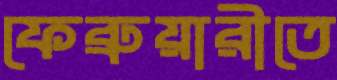
ফেব্রুয়ারীতে